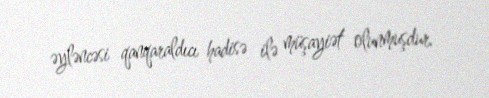
əyləncəsi qanqaraldıcı hadisə ilə müşayiət olunmuşdur.